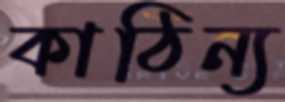
কাঠিন্য